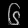
Digit: ၆